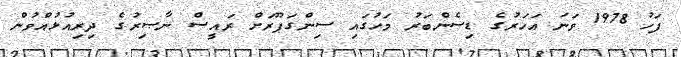
ފަހު 1978 ވަނަ އަހަރުގެ ޑިސެންބަރު މަހުގައި ސިންގަޕޫރަށް ރައީސް ނާޞިރުގެ ދިރިއުޅުއްވުން